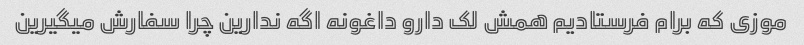
موزی که برام فرستادیم همش لک دارو داغونه اگه ندارین چرا سفارش میگیرین